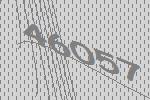
46057